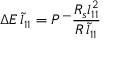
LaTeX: \Delta E \, \tilde { l } _ { 1 1 } = P ^ { - } \frac { R _ { s } { l } _ { 1 1 } ^ { 2 } } { R \, \tilde { l } _ { 1 1 } }